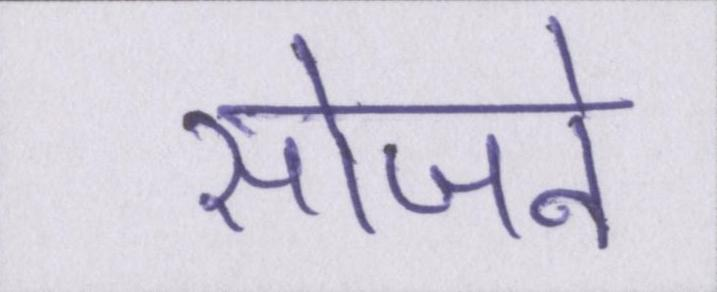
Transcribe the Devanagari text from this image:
सोजने